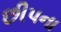
છીપના